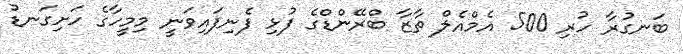
ބަނގުރާ ހުރި 500 އެމްއެލް ތާޒާ ބްރޭންޑްގެ ފުޅި ފެނިފައިވަނީ މިމީހާގެ ހަށިގަނޑު